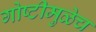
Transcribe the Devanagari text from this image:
गोष्टीमुळेच